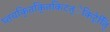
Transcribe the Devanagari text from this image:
घ्तचकि्तकि्तकिटत्ेकिटे्ति्ि